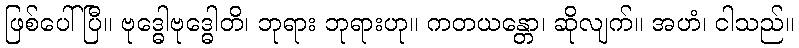
ဖြစ်ပေါ်ပြီ။ ဗုဒ္ဓေါဗုဒ္ဓေါတိ၊ ဘုရား ဘုရားဟု။ ကတယန္တော၊ ဆိုလျက်။ အဟံ၊ ငါသည်။